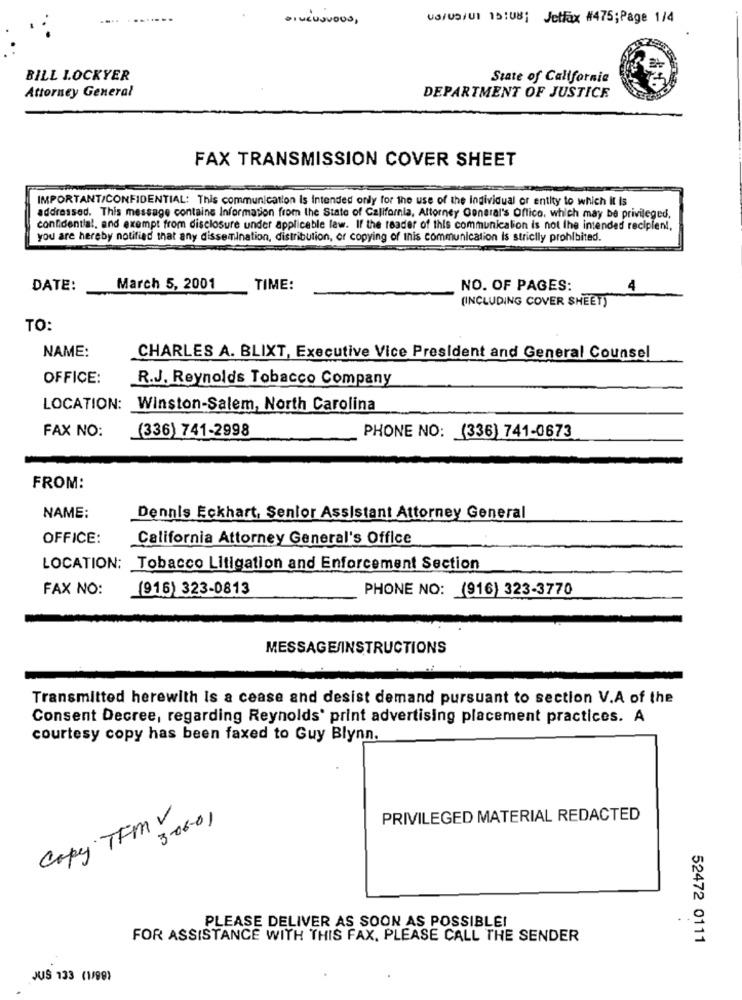
USHUSHUI 15:08; Jetfax #475;Page 1/4
BILL LOCKYER
State of California
Attorney General
DEPARTMENT OF JUSTICE
FAX TRANSMISSION COVER SHEET
IMPORTANT/CONFIDENTIAL: This communication is Intended only for the use of the Individual or entity to which it is
addressed. This message contains Information from the State of California, Attorney General's Office, which may be privileged,
confidential, and exempt from disclosure under applicable law. If the reader of this communication is not the intended recipient,
you are hereby notified that any dissemination, distribution, or copying of this communication Is strictly prohibited.
DATE:
March 5, 2001
TIME:
NO. OF PAGES:
4
(INCLUDING COVER SHEET)
TO:
NAME:
CHARLES A. BLIXT, Executive Vice President and General Counsel
OFFICE:
R.J. Reynolds Tobacco Company
LOCATION: Winston-Salem, North Carolina
FAX NO:
(336) 741-2998
PHONE NO: (336) 741-0673
FROM:
NAME:
Dennis Eckhart, Senior Assistant Attorney General
OFFICE:
California Attorney General's Office
LOCATION: Tobacco Litigation and Enforcement Section
FAX NO:
(916) 323-0813
PHONE NO: (916) 323-3770
MESSAGE/INSTRUCTIONS
Transmitted herewith Is a cease and desist demand pursuant to section V.A of the
Consent Decree, regarding Reynolds' print advertising placement practices. A
courtesy copy has been faxed to Guy Blynn.
Copy TFM V
3-06-01
PRIVILEGED MATERIAL REDACTED
PLEASE DELIVER AS SOON AS POSSIBLE!
FOR ASSISTANCE WITH THIS FAX, PLEASE CALL THE SENDER
52472 0111
JUS 133 (1/98)